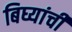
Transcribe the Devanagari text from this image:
बिघ्यांची